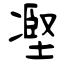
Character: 𠗻